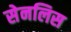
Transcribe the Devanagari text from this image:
सेनलिस